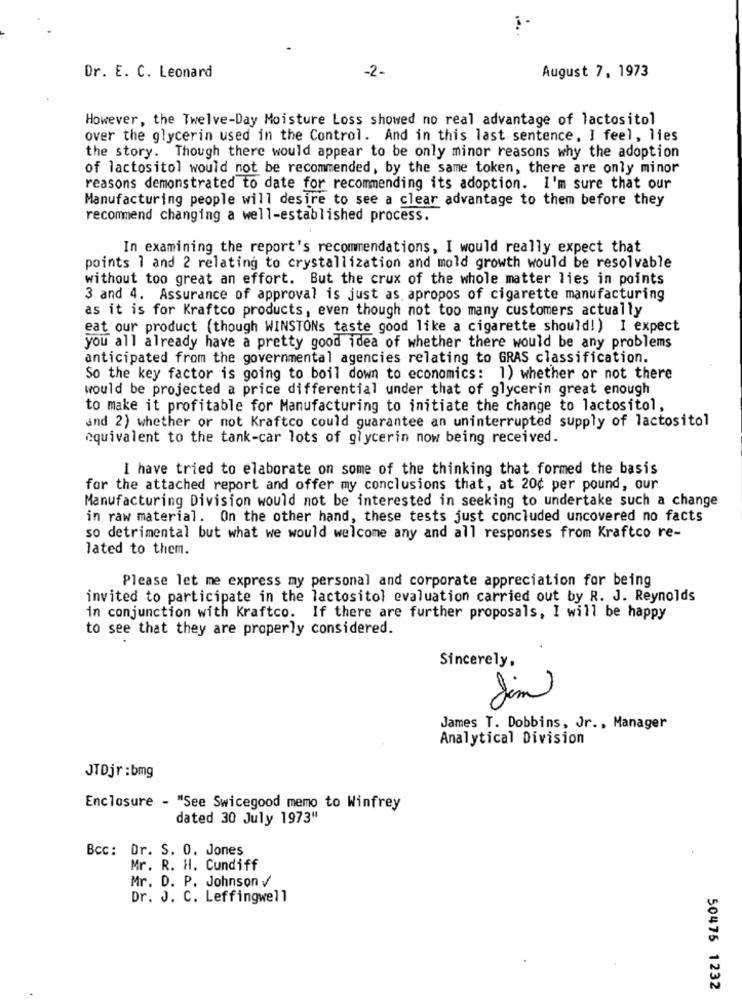
-2-
Dr. E. C. Leonard
August 7, 1973
However, the Twelve-Day Moisture Loss showed no real advantage of lactositol
over the glycerin used in the Control. And in this last sentence, I feel, lies
the story. Though there would appear to be only minor reasons why the adoption
of lactositol would not be recommended, by the same token, there are only minor
reasons demonstrated to date for recommending its adoption. I'm sure that our
Manufacturing people will desire to see a clear advantage to them before they
recommend changing a well-established process.
In examining the report's recommendations, I would really expect that
points 1 and 2 relating to crystallization and mold growth would be resolvable
without too great an effort. But the crux of the whole matter lies in points
3 and 4. Assurance of approval is just as apropos of cigarette manufacturing
as it is for Kraftco products, even though not too many customers actually
eat our product (though WINSTONs taste good like a cigarette should!) I expect
you all already have a pretty good idea of whether there would be any problems
anticipated from the governmental agencies relating to GRAS classification.
So the key factor is going to boil down to economics: 1) whether or not there
would be projected a price differential under that of glycerin great enough
to make it profitable for Manufacturing to initiate the change to lactositol,
and 2) whether or not Kraftco could guarantee an uninterrupted supply of lactositol
equivalent to the tank-car lots of glycerin now being received.
I have tried to elaborate on some of the thinking that formed the basis
for the attached report and offer my conclusions that, at 20¢ per pound, our
Manufacturing Division would not be interested in seeking to undertake such a change
in raw material. On the other hand, these tests just concluded uncovered no facts
so detrimental but what we would welcome any and all responses from Kraftco re-
lated to them.
Please let me express my personal and corporate appreciation for being
invited to participate in the lactositol evaluation carried out by R. J. Reynolds
in conjunction with Kraftco. If there are further proposals, I will be happy
to see that they are properly considered.
Sincerely,
Jim
James T. Dobbins, Jr ., Manager
Analytical Division
JTDjr :bmg
Enclosure - "See Swicegood memo to Winfrey
dated 30 July 1973"
Bcc: Dr. S. 0. Jones
Mr. R. H. Cundiff
Mr. D. P. Johnson v
Dr. J. C. Leffingwell
50475 1232